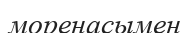
моренасымен